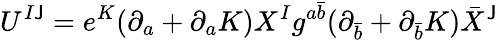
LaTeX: U^{I\mathsf{J}}=e^{K}(\partial_{a}+\partial_{a}K)X^{I}g^{a\bar{{b}}}(\partial_{\bar{{b}}}+\partial_{\bar{{b}}}K)\bar{{X}}^{\mathsf{J}}